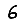
Digit: 6